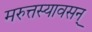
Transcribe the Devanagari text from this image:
मरुत्तस्यावसन्